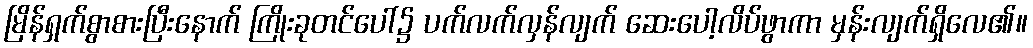
မြိန်ရှက်စွာစားပြီးနောက် ကြိုးခုတင်ပေါ်၌ ပက်လက်လှန်လျက် ဆေးပေါ့လိပ်ဖွာကာ မှန်းလျက်ရှိလေ၏။